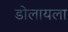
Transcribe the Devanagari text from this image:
डोलायला